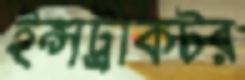
ইন্সট্রাকটর